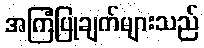
အကြံပြုချက်များသည်